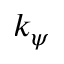
k _ { \psi }